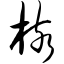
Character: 核